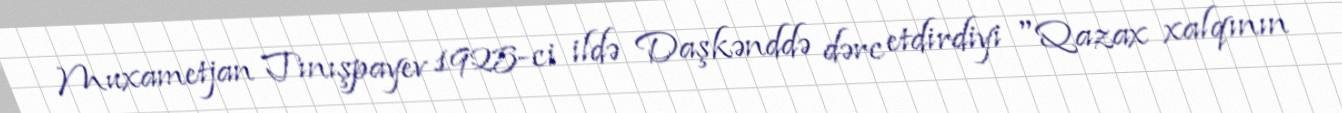
Muxametjan Tınışpayev 1925-ci ildə Daşkənddə dərc etdirdiyi "Qazax xalqının